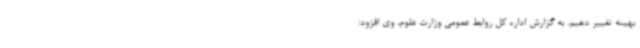
بهینه تغییر دهیم. به گزارش اداره کل روابط عمومی وزارت علوم، وی افزود: